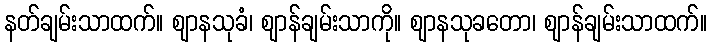
နတ်ချမ်းသာထက်။ ဈာနသုခံ၊ ဈာန်ချမ်းသာကို။ ဈာနသုခတော၊ ဈာန်ချမ်းသာထက်။